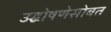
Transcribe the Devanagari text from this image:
उद्घोषणेसोबत